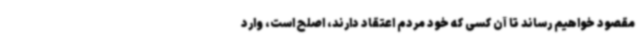
مقصود خواهیم رساند تا آن کسی که خود مردم اعتقاد دارند، اصلح است، وارد